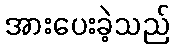
အားပေးခဲ့သည်